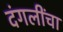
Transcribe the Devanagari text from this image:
दंगलींचा